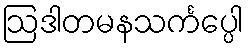
ဩဒါတမနသင်္ကပ္ပေါ